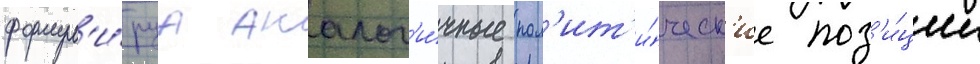
формул'и́руа аналог'и́чные пол'ит'и́ческ'ие поз'и́ции